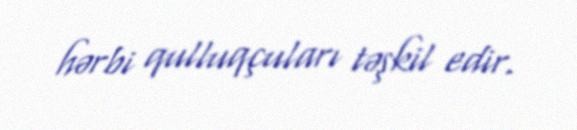
hərbi qulluqçuları təşkil edir.